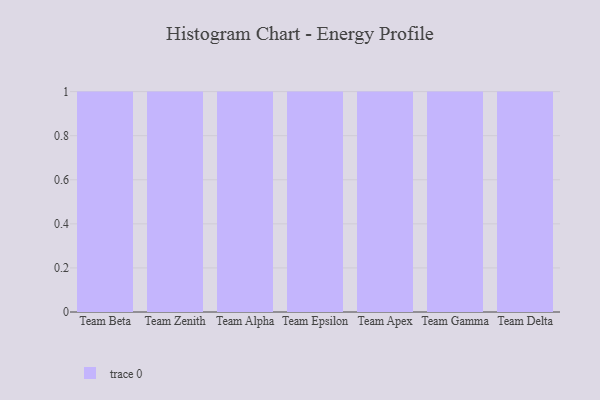
{"axis": {"x": "Team", "y": "Operating Costs (USD K)"}, "legend": [""], "data": [{"x": "Team Beta", "y": 52, "type": ""}, {"x": "Team Zenith", "y": 76, "type": ""}, {"x": "Team Alpha", "y": 76, "type": ""}, {"x": "Team Epsilon", "y": 2, "type": ""}, {"x": "Team Apex", "y": 28, "type": ""}, {"x": "Team Gamma", "y": 38, "type": ""}, {"x": "Team Delta", "y": 87, "type": ""}]}